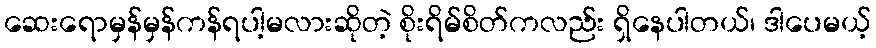
ဆေးရောမှန်မှန်ကန်ရပါ့မလားဆိုတဲ့ စိုးရိမ်စိတ်ကလည်း ရှိနေပါတယ်၊ ဒါပေမယ့်